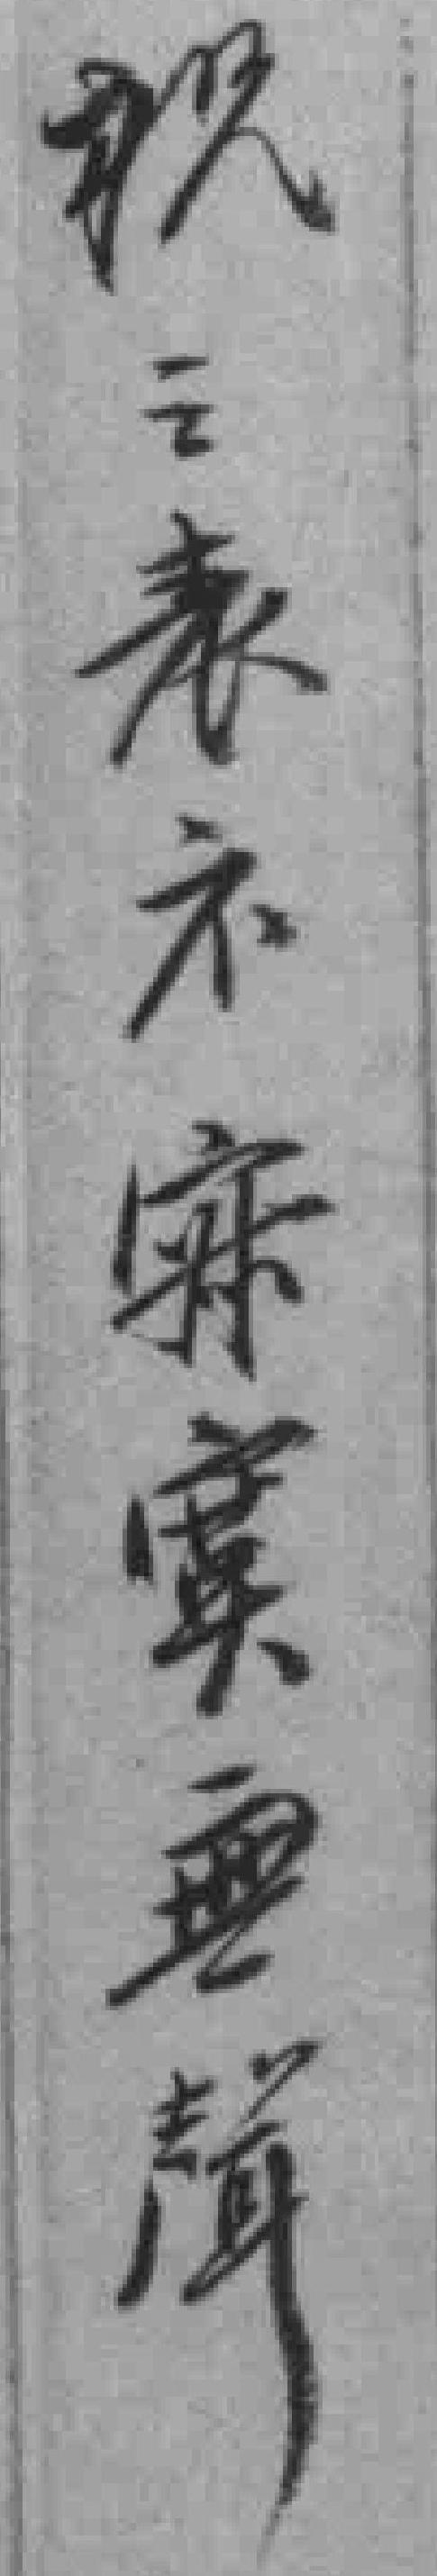
祝之表示寂寞無聲